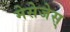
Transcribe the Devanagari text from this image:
मेसेजेस्